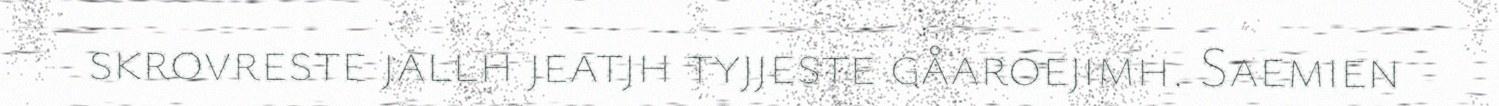
skrovreste jallh jeatjh tyjjeste gåaroejimh. Saemien